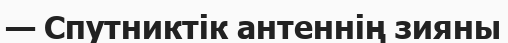
— Спутниктік антеннің зияны